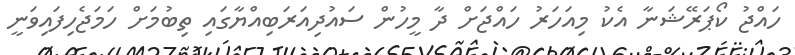
ހައްޖު ކޯޕަރޭޝަނާ އެކު މިއަހަރު ހައްޖަށް ދާ މީހުން ސައުދިއަރަބިއްޔާގައި ތިބުމަށް ހަމަޖެހިފައިވަނީ